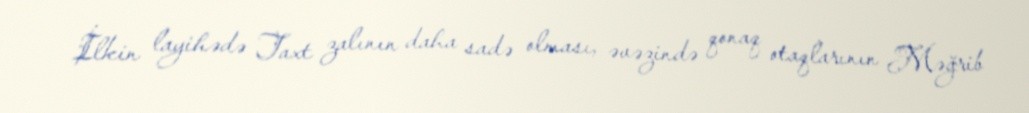
İlkin layihədə Taxt zalının daha sadə olması, əvəzində qonaq otaqlarının Məğrib